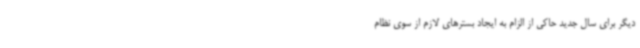
دیگر برای سال جدید حاکی از الزام به ایجاد بسترهای لازم از سوی نظام